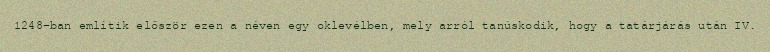
1248-ban említik először ezen a néven egy oklevélben, mely arról tanúskodik, hogy a tatárjárás után IV.